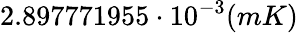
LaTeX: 2.897771955\cdot 10^{-3}(mK)